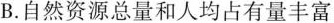
B.自然资源总量和人均占有量丰富